Scottish Leaving Certificate Examination, 1959
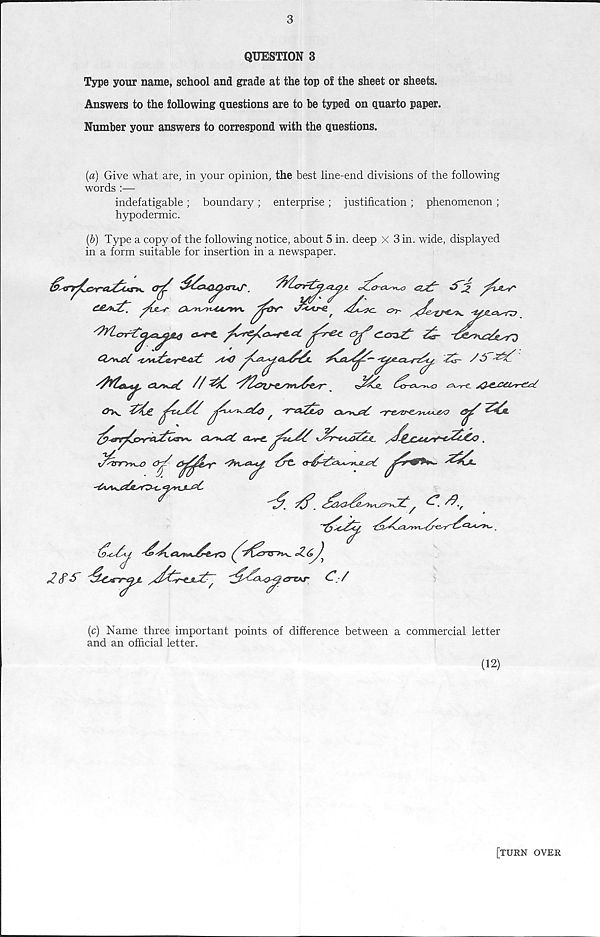
3
QUESTION 3
Type your name, school and grade at the top of the sheet or sheets.
Answers to the following questions are to be typed on quarto paper.
Number your answers to correspond with the questions.
(a) Give what are, in your opinion, the best line-end divisions of the following
words :—
indefatigable ; boundary ; enterprise ; justification ; phenomenon ;
hypodermic.
{b) Type a copy of the following notice, about 5 in. deep X Sin. wide, displayed
in a form suitable for insertion in a newspaper.
(c) Name three important points of difference between a commercial letter
and an official letter.
(12)
[TURN over